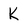
Character: K